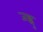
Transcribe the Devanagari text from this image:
जह्वु